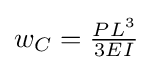
w_{C}={\tfrac {PL^{3}}{3EI}}